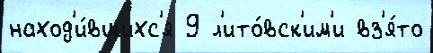
наход'и́вшихс'я 9 л'ито́вск'им'и вз'я́то